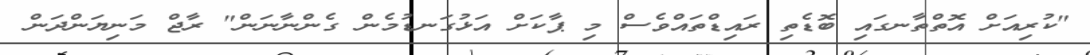
"ކުރިއަށް އޮތްތާނގައި ބޮޑެތި ރައިޑްތައްވެސް މި ޕާކަށް އަޅުގަނޑުމެން ގެންނާނަން" ރާޖް މަނިޔަންދަން